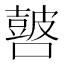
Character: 𰈺